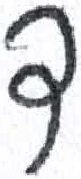
אות: ד